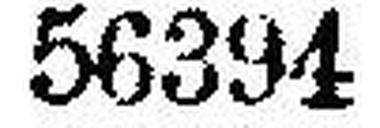
56394